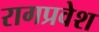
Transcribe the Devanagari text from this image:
रागप्रवेश